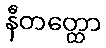
နီတတ္ထော